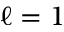
\ell = 1